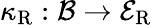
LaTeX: \kappa_{\mathrm{R}}:\mathcal{B}\to\mathcal{E}_{\mathrm{R}}